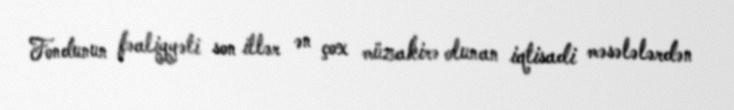
Fondunun fəaliyyəti son illər ən çox müzakirə olunan iqtisadi məsələlərdən